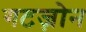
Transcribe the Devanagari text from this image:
गटज़ोन